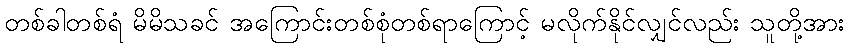
တစ်ခါတစ်ရံ မိမိသခင် အကြောင်းတစ်စုံတစ်ရာကြောင့် မလိုက်နိုင်လျှင်လည်း သူတို့အား